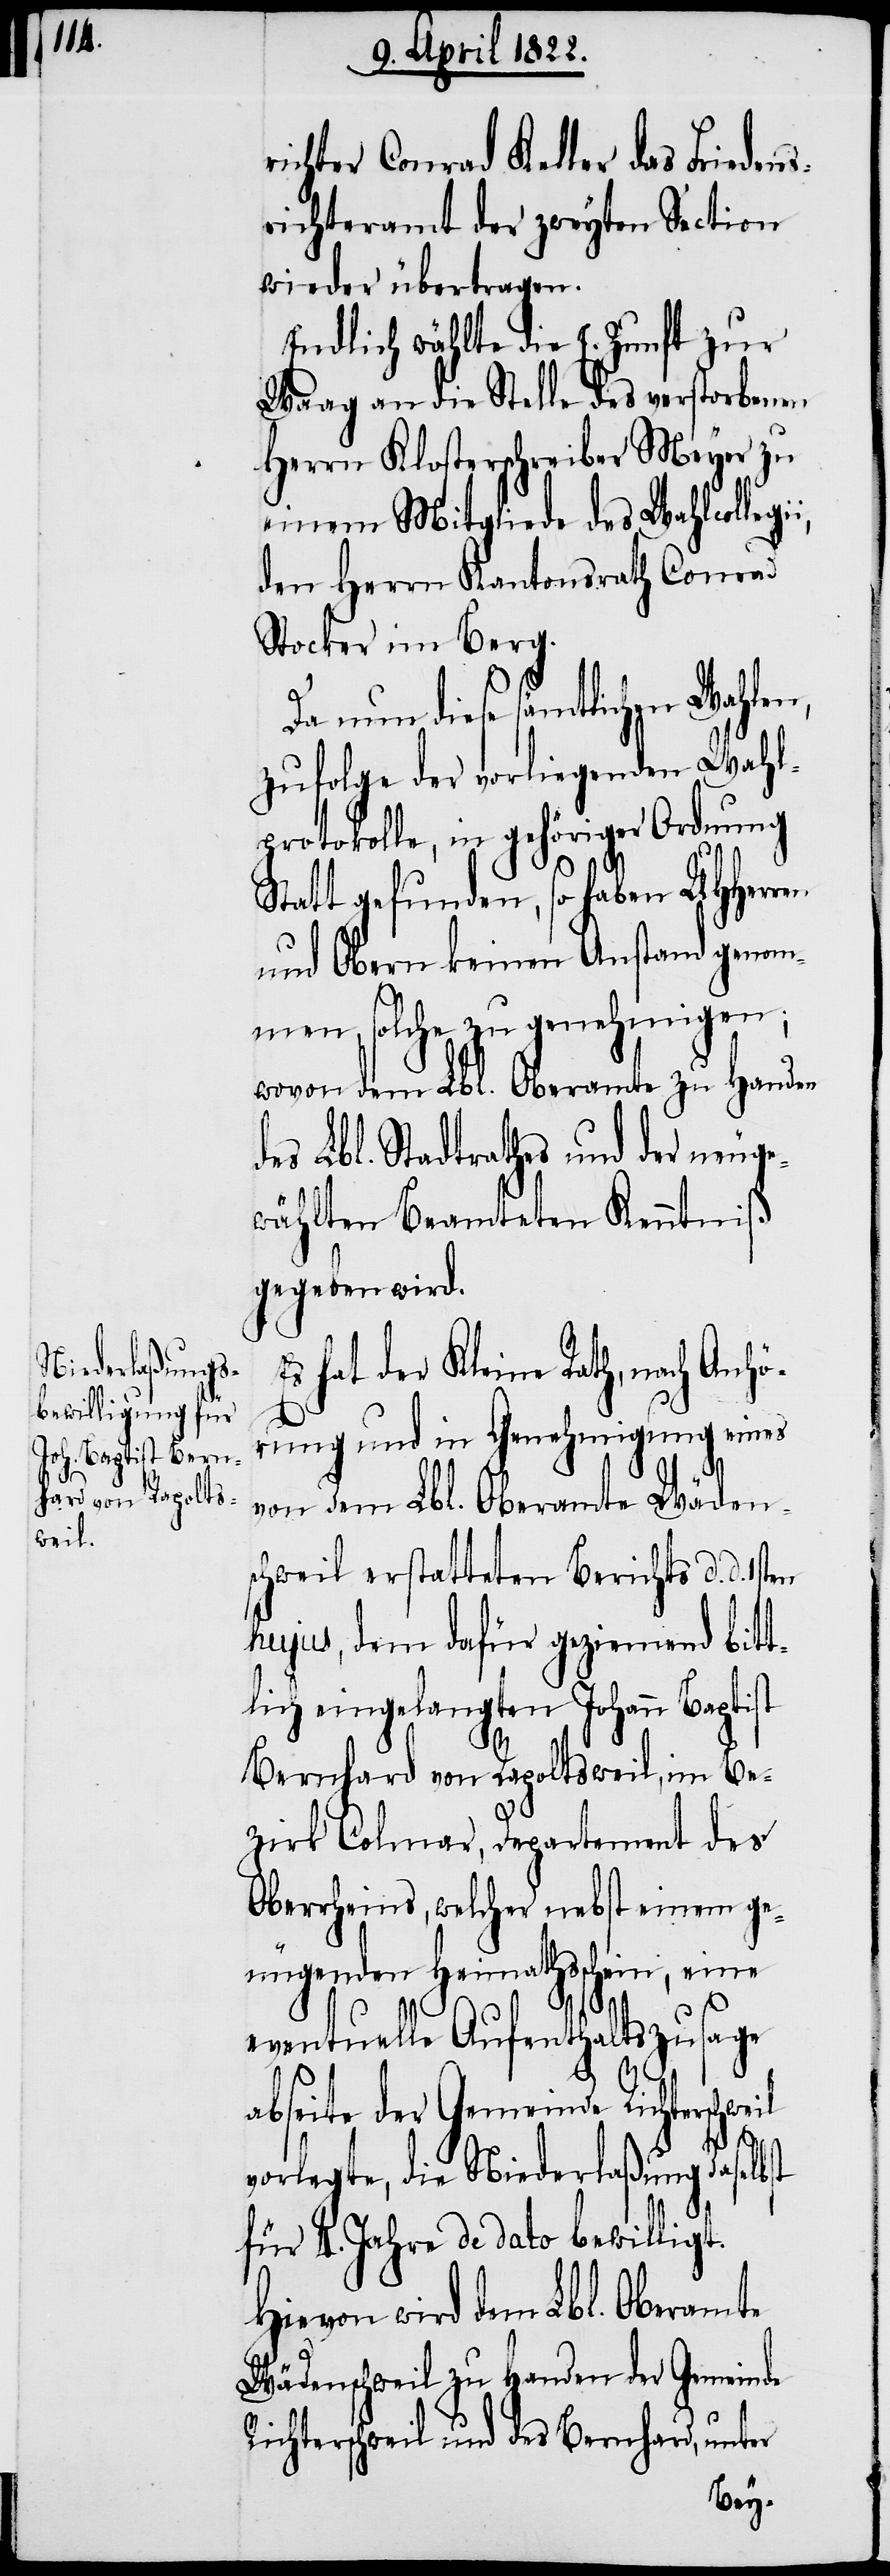
weil

richter Conrad Keller das Friedens¬
richteramt der zweyten Section
wieder übertragen.
Endlich wählte die E. Zunft zur
Waag an die Stelle des verstorbenen
Herrn Klosterschreiber Meyer zu
einem Mitgliede des Wahlcollegi¬
den Herrn Kantonsrath Conrad
Stocker im Berg.
Da nun diese sämtlichen Wahlen,
zufolge der vorliegenden Wahl¬
protokolle, in gehöriger Ordnung
Statt gefunden, so haben UHHerren
und Obern keinen Anstand genom¬
men, solche zu genehmigen;
wovon dem Lbl. Oberamte zu Handen
des Lbl. Stadtrathes und der neuge¬
wählten Beamteten Kenntniß
gegeben wird.
hat der Kleine Rath, nach Anhö¬
rung und in Genehmigung eines
von dem Lbl. Oberamte Wäden¬
schweil erstatteten Berichts d. d.
hujus, dem dafür geziemend bitt¬
lich eingelangten Johann Baptist
Bernhard von Rapoltsweil, im Be¬
zirk Colmar, Departement des
Oberrheins, welcher nebst einem ge¬
i,
nügenden Heimathschein, eine
eventuelle Aufenthaltszusage
abseite der Gemeinde Richtersch¬
vorlegte, die Niederlaßung daselbst
für 4. Jahre de dato bewilligt.
Hievon wird dem Lbl. Oberamte
Wädenschweil zu Handen der Gemeinde
Richterschweil und des Bernhard, unter